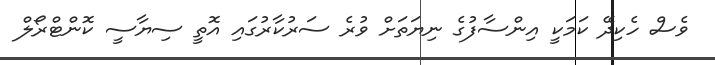
ވެސް ހެކިދޭ ކަމަކީ އިންސާފުގެ ނިޔަތަށް ވުރެ ސަރުކާރުގައި އޮތީ ސިޔާސީ ކޮންޓްރޯލް